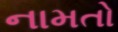
નામતો